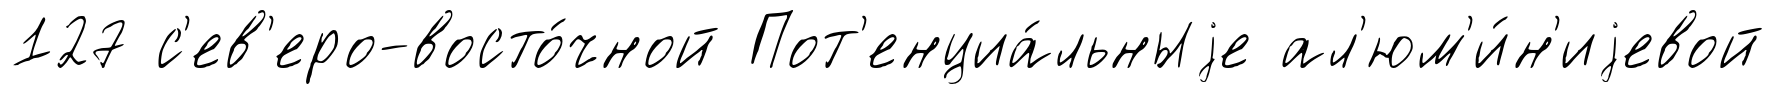
127 с'ев'еро-восто́чной Пот'енциа́льныjе ал'юм'и́н'иjевой